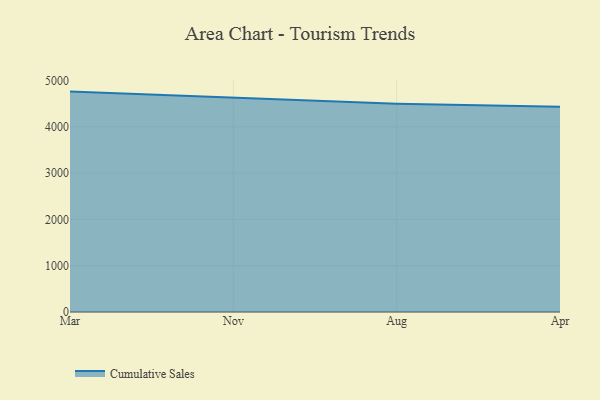
{"axis": {"x": "Month", "y": "Tickets Resolved"}, "legend": ["Cumulative Sales"], "data": [{"x": "Mar", "y": 4759.7, "type": "Cumulative Sales"}, {"x": "Nov", "y": 4623.1, "type": "Cumulative Sales"}, {"x": "Aug", "y": 4496.0, "type": "Cumulative Sales"}, {"x": "Apr", "y": 4431.9, "type": "Cumulative Sales"}]}